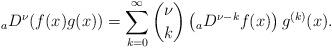
LaTeX: \begin{align*} _a D^{\nu}(f(x)g(x))=\sum_{k=0}^{\infty}\binom{\nu}{k}\left( _aD^{\nu-k}f(x)\right)g^{(k)}(x). \end{align*}